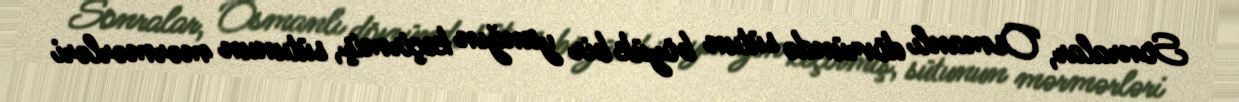
Sonralar, Osmanlı dövründə sütun böyük bir yanğın keçirmiş, sütunun mərmərləri